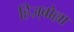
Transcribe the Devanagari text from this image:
हिज़्बोल्ला